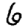
Digit: 6